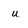
Character: u